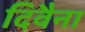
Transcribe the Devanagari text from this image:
दिवैना